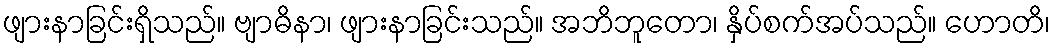
ဖျားနာခြင်းရှိသည်။ ဗျာဓိနာ၊ ဖျားနာခြင်းသည်။ အဘိဘူတော၊ နှိပ်စက်အပ်သည်။ ဟောတိ၊